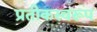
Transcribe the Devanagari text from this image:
प्रतीकस्वरूप